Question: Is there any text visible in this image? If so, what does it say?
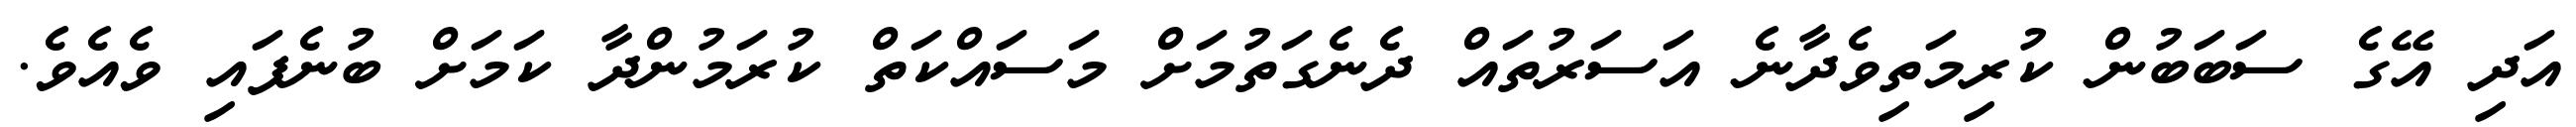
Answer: އަދި އޭގެ ސަބަބުން ކުރިމަތިވެދާނެ އަސަރުތައް ދެނެގަތުމަށް މަސައްކަތް ކުރަމުންދާ ކަމަށް ބުނެފައި ވެއެވެ.